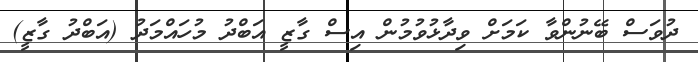
ދުވަސް ބޭނުންވާ ކަމަށް ވިދާޅުވުމުން އިސް ގާޒީ އަބްދު މުހައްމަދު (އަބްދު ގާޒީ)